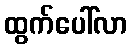
ထွက်ပေါ်လာ